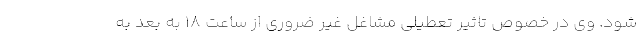
شود. وی در خصوص تاثیر تعطیلی مشاغل غیر ضروری از ساعت ۱۸ به بعد به